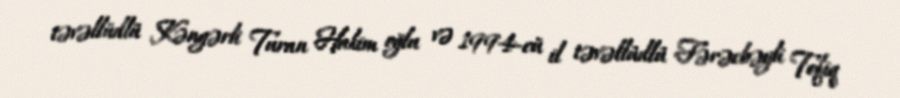
təvəllüdlü Kəngərli Turan Hakim oğlu və 1994-cü il təvəllüdlü Fərəcbəyli Tofiq